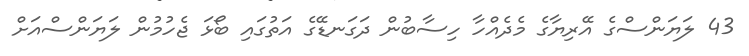
43 ލަޔަންސްގެ އޭރިޔާގެ މެދެއްހާ ހިސާބުން ދަގަނޑޭގެ އަތުގައި ބޯޅަ ޖެހުމުން ލަޔަންސްއަށް